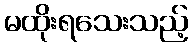
မထိုးရသေးသည့်